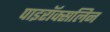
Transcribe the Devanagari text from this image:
पाइरॉक्सलिन